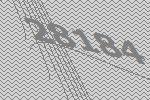
28184